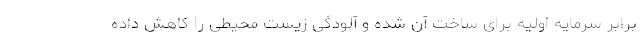
برابر سرمایه اولیه برای ساخت آن شده و آلودگی زیست محیطی را کاهش داده